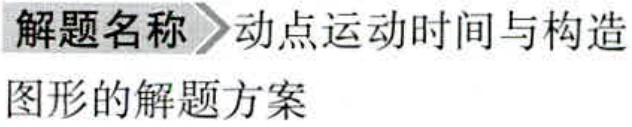
解题名称  动点运动时间与构造图形的解题方案